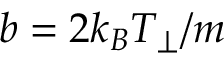
b = 2 k _ { B } T _ { \perp } / m